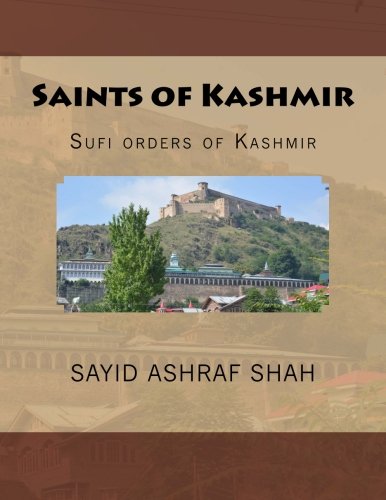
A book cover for Saints of Kashmir: Sufi orders of Kashmir (Islamic Productions Srinagar) (Volume 1); Sayid Ashraf Shah; Religion & Spirituality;